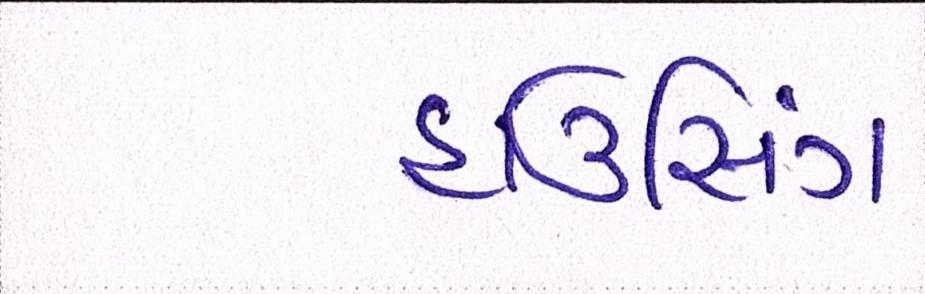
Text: હાઉસિંગ